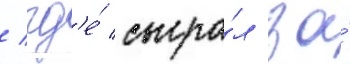
/ гд'е́ сыгра́л за́